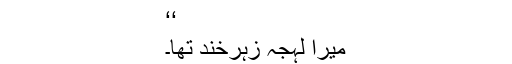
‘‘
میرا لہجہ زہرخند تھا۔